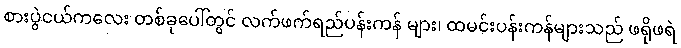
စားပွဲငယ်ကလေး တစ်ခုပေါ်တွင် လက်ဖက်ရည်ပန်းကန် များ၊ ထမင်းပန်းကန်များသည် ဖရိုဖရဲ